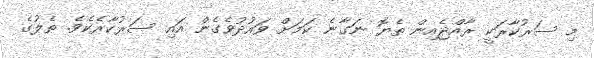
މި ސަރުކާރަކީ ރާއްޖެއިން ތެޔޮ ނަގާނެ ކަމަށް ވައުދުވެގެން އައި ސަރުކާރެކެވެ. ތެލުގެ